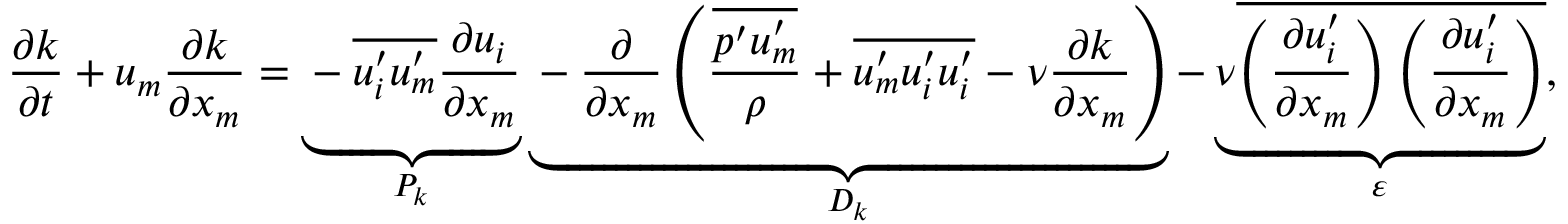
\frac { \partial k } { \partial t } + u _ { m } \frac { \partial k } { \partial x _ { m } } = \underbrace { - \overline { { u _ { i } ^ { \prime } u _ { m } ^ { \prime } } } \frac { \partial u _ { i } } { \partial x _ { m } } } _ { P _ { k } } \underbrace { - \frac { \partial } { \partial x _ { m } } \left( \frac { \overline { { p ^ { \prime } u _ { m } ^ { \prime } } } } { \rho } + \overline { { u _ { m } ^ { \prime } u _ { i } ^ { \prime } u _ { i } ^ { \prime } } } - \nu \frac { \partial k } { \partial x _ { m } } \right) } _ { D _ { k } } - \underbrace { \nu \overline { { \left( \frac { \partial u _ { i } ^ { \prime } } { \partial x _ { m } } \right) \left( \frac { \partial u _ { i } ^ { \prime } } { \partial x _ { m } } \right) } } } _ { \varepsilon } ,